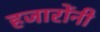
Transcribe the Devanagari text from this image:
हजारोंनी